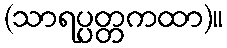
(သာရပ္ပတ္တကထာ)။